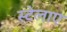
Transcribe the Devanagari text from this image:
स्टेलाए